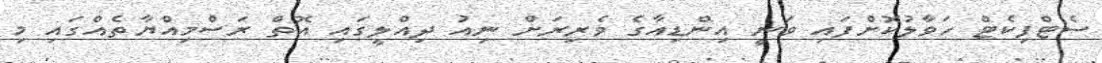
ސެޓްފިކެޓް ހަވާލުކޮށްފައި ވަނީ އިންޑިއާގެ ވެރިރަށް ނިއު ދިއްލީގައި އޮތް ރަސްމިއްޔާތެއްގައި މި